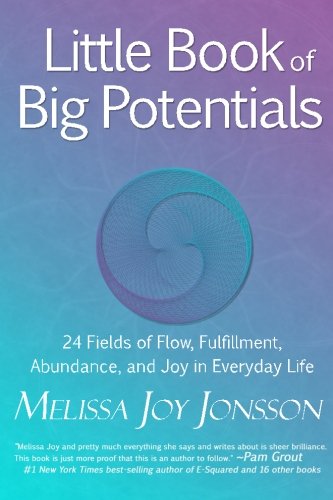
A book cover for Little Book of Big Potentials: 24 Fields of Flow, Fulfillment, Abundance, and Joy in Everyday Life; Melissa Joy Jonsson; Health, Fitness & Dieting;